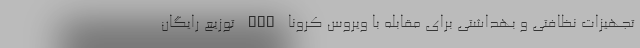
تجهیزات نظافتی و بهداشتی برای مقابله با ویروس کرونا nan توزیع رایگان